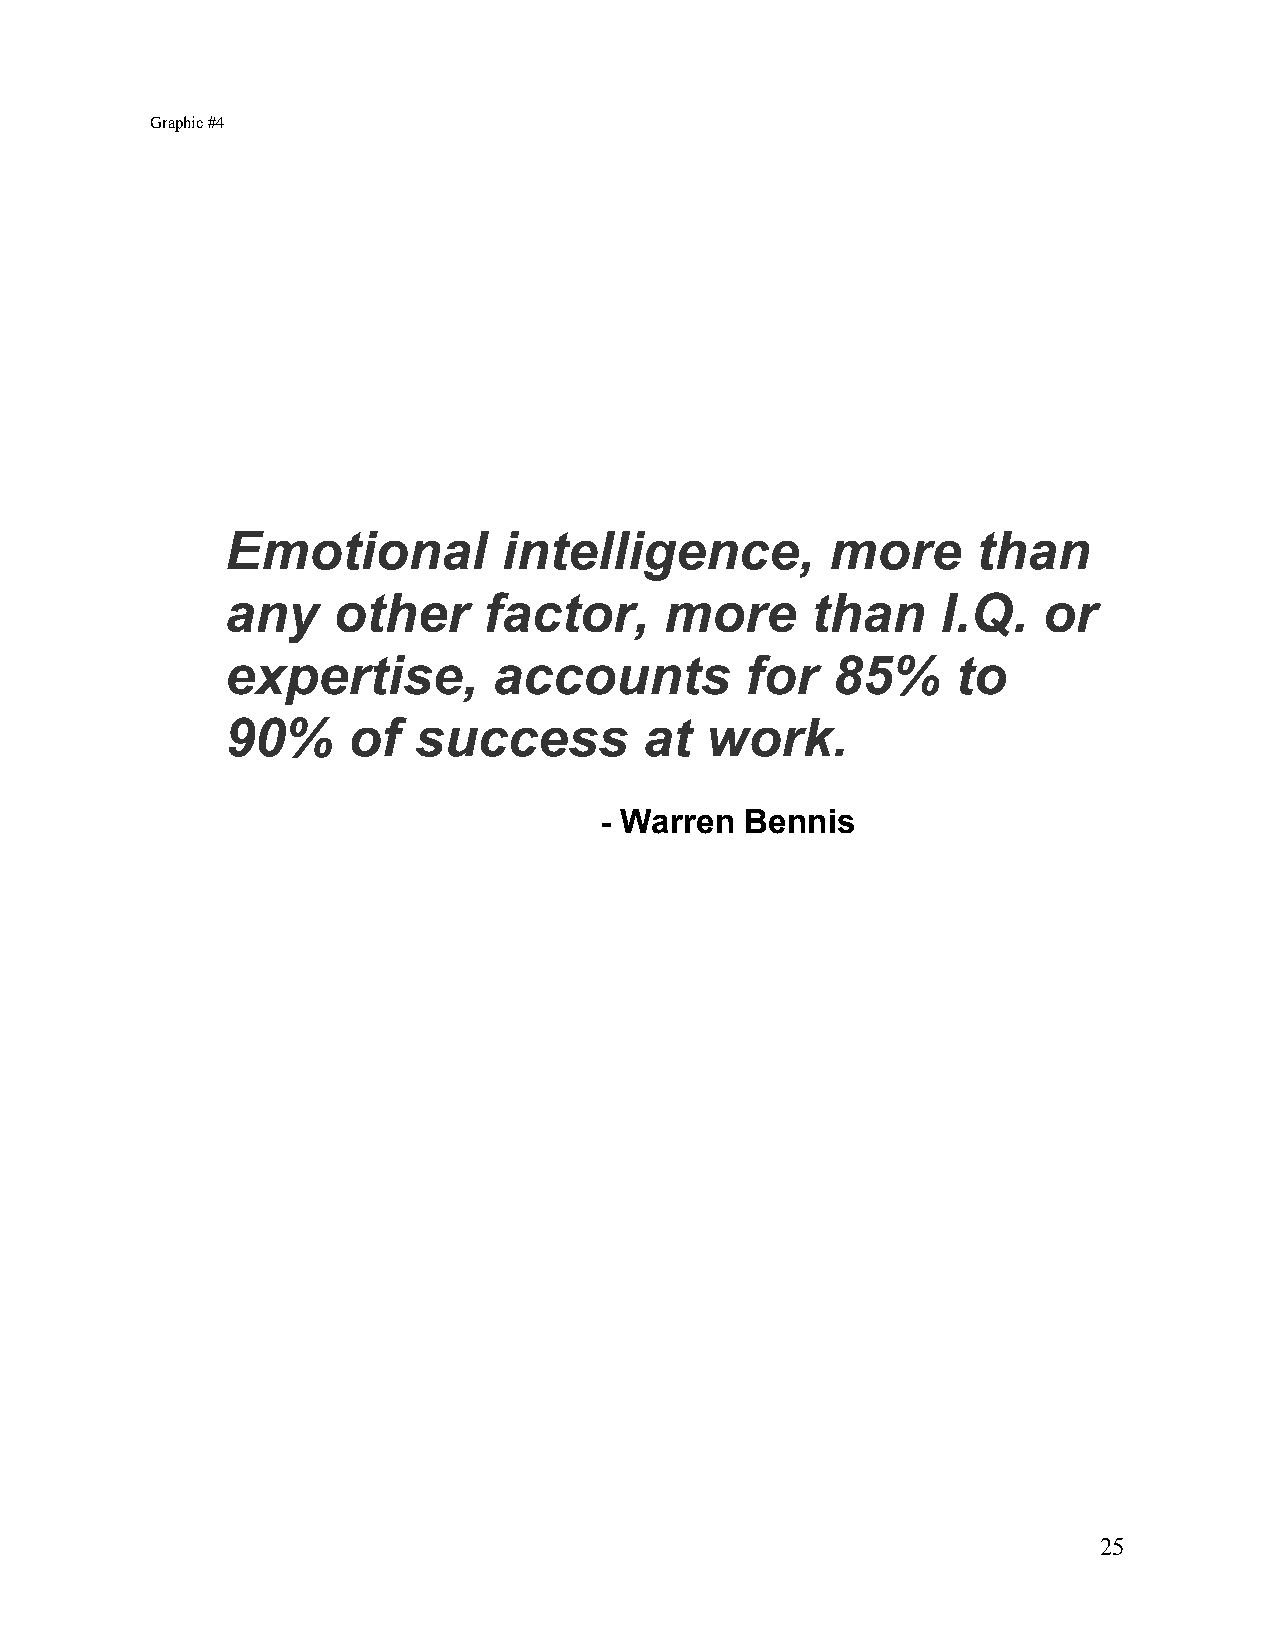
Graphic #4
 Emotional         intelligence,         more      than
 any    other     factor,     more      than    I.Q.   or
 expertise,        accounts        for   85%     to
 90%     of  success         at  work.
 - Warren Bennis
 25